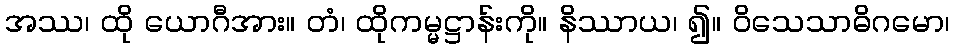
အဿ၊ ထို ယောဂီအား။ တံ၊ ထိုကမ္မဋ္ဌာန်းကို။ နိဿာယ၊ ၍။ ဝိသေသာဓိဂမော၊